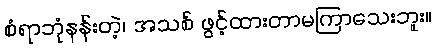
စံရာဘုံနန်းတဲ့၊ အသစ် ဖွင့်ထားတာမကြာသေးဘူး။